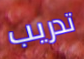
تدريب